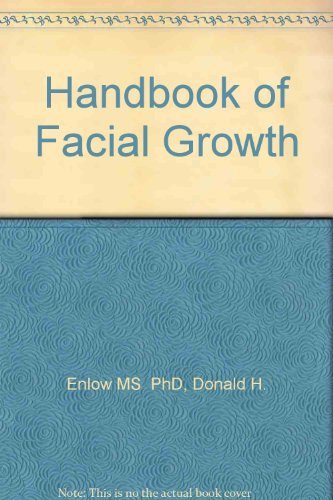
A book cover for Handbook of Facial Growth; Donald Enlow; Medical Books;